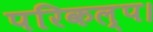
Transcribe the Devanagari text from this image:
परिकल्प।